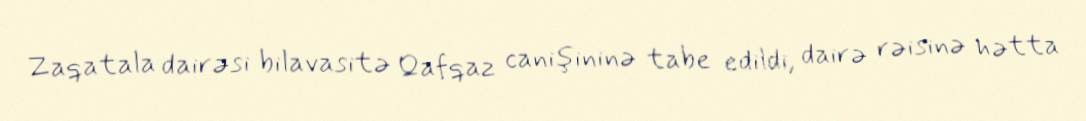
Zaqatala dairəsi bilavasitə Qafqaz canişininə tabe edildi, dairə rəisinə hətta